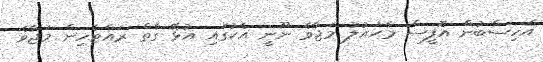
އެހިސާބުން އޮފީސް މާޙައުލު މަޖާވެ ނޫނީ އެކުގައި އުޅޭ ގާތް ރައްޓެހިން މަޖާވެ